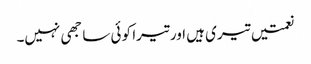
نعمتیں تیری ہیں اور تیرا کو ئی سا جھی نہیں۔